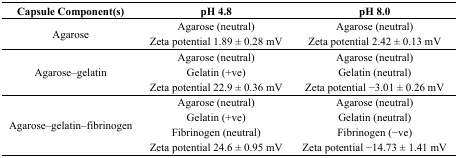
<table><thead><tr><td><b>Capsule Component(s)</b></td><td><b>pH 4.8</b></td><td><b>pH 8.0</b></td></tr></thead><tbody><tr><td rowspan="2">Agarose</td><td>Agarose (neutral)</td><td>Agarose (neutral)</td></tr><tr><td>Zeta potential 1.89 ± 0.28 mV</td><td>Zeta potential 2.42 ± 0.13 mV</td></tr><tr><td rowspan="3">Agarose–gelatin</td><td>Agarose (neutral)</td><td>Agarose (neutral)</td></tr><tr><td>Gelatin (+ve)</td><td>Gelatin (neutral)</td></tr><tr><td>Zeta potential 22.9 ± 0.36 mV</td><td>Zeta potential −3.01 ± 0.26 mV</td></tr><tr><td rowspan="4">Agarose–gelatin–fibrinogen</td><td>Agarose (neutral)</td><td>Agarose (neutral)</td></tr><tr><td>Gelatin (+ve)</td><td>Gelatin (neutral)</td></tr><tr><td>Fibrinogen (neutral)</td><td>Fibrinogen (−ve)</td></tr><tr><td>Zeta potential 24.6 ± 0.95 mV</td><td>Zeta potential −14.73 ± 1.41 mV</td></tr></tbody></table>